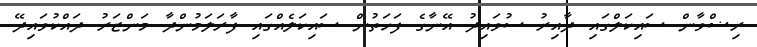
ރިޟްވާން ސައިކަލްގައި ދާއިރު ސުވައިދު އޭނާގެ ފަހަތުން ސައިކަލެއްގައި ފާރަލަމުންދާ މަންޒަރު ދައްކުވައިދޭ